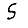
Digit: 5